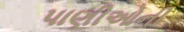
પાણીઓની